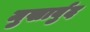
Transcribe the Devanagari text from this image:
मुखार्बुद